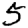
Digit: 5